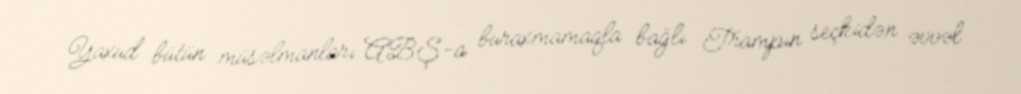
Yaxud bütün müsəlmanları ABŞ-a buraxmamaqla bağlı Trampın seçkidən əvvəl